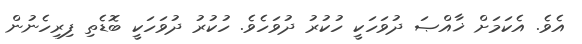
އެވެ. އެކަމަށް ޚާއްޞަ ދުވަހަކީ ހުކުރު ދުވަހެވެ. ހުކުރު ދުވަހަކީ ބޮޑެތި ފިރިހެނުން